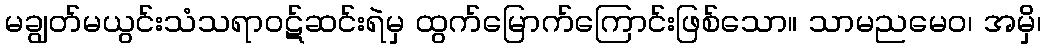
မချွတ်မယွင်းသံသရာဝဋ်ဆင်းရဲမှ ထွက်မြောက်ကြောင်းဖြစ်သော။ သာမညမေဝ၊ အမှိ၊